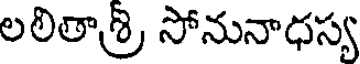
లలితాశ్రి సోనునాధస్య